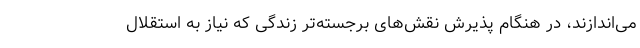
می‌اندازند، در هنگام پذیرش نقش‌های برجسته‌تر زندگی که نیاز به استقلال